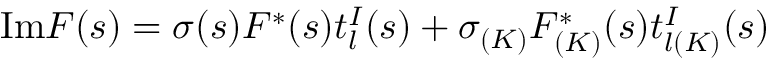
\mathrm { I m } F ( s ) = \sigma ( s ) F ^ { \ast } ( s ) t _ { l } ^ { I } ( s ) + \sigma _ { ( K ) } F _ { ( K ) } ^ { \ast } ( s ) t _ { l ( K ) } ^ { I } ( s )